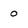
Character: o